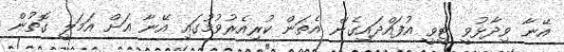
އޭނާ ވިދާޅުވީ ޓީވީ އުފައްދައިގެން އެތަން ކުރިއެރުވުމުގައި އޭނާ އަށް އަމަލީ ގޮތުން